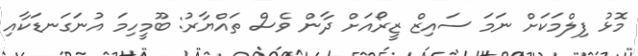
މޮޅު ފިލްމަކަށް ނަމަ ސައިޒް ޒީރޯއަށް ދާން ވެސް ތައްޔާރު: ބޫމީހިމަ އުނަގަނޑަކާއި